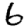
Digit: 6